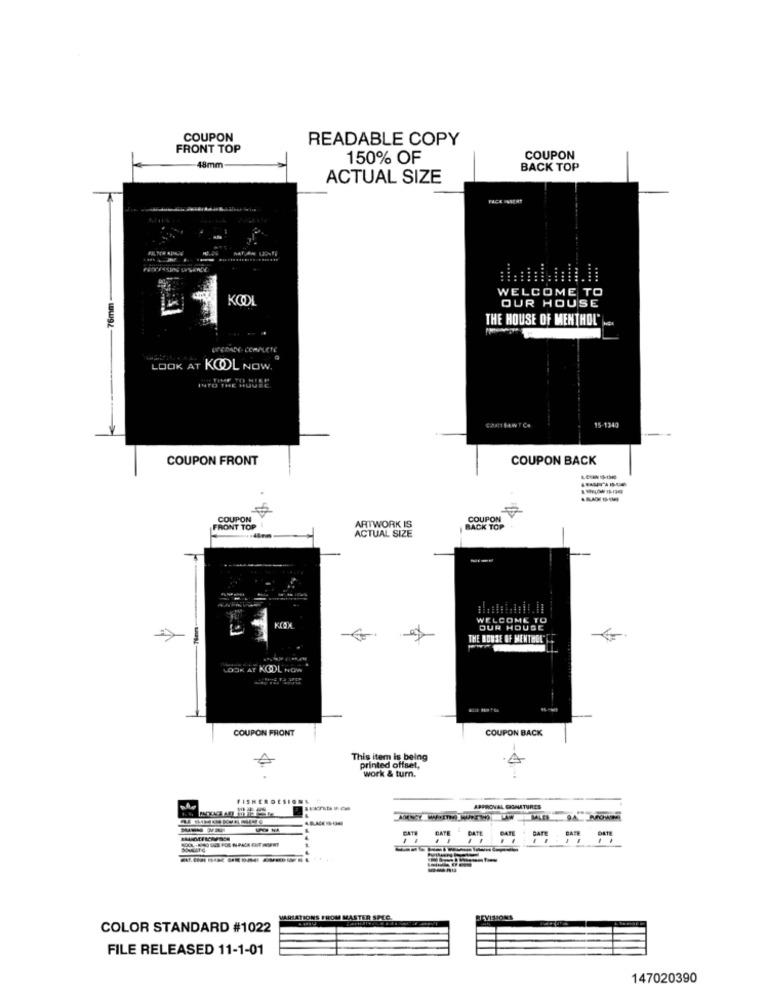
COUPON
READABLE COPY
FRONT TOP
150% OF
COUPON
48mm
BACK TOP
ACTUAL SIZE
FACE SIERT
....
WELCOME TO
76mm
OUR HOUSE
THE HOUSE OF MENTHOL JE.
LOOK AT KOOL NOW.
15-1340
COUPON FRONT
COUPON BACK
COUPON
COUPON
FRONT TOP
ARTWORK IS
BACK TOP
ACTUAL SIZE
WELCOME TO
KIOX
OUR HOUSE
THE HOUSE OF MENTHOL"
LOOK AT KOOL NOW
COUPON FRONT
COUPON BACK
This item is being
A
printed offset,
work & turn.
FISHERDESIO
APPROVAL GIGNATURES
BACK --
AGENCY WITH US-HOW
MALER
DATE
PATE
BATE
BATE
MARIATIONS FROM MASTER SPEC.
REVISIONS
COLOR STANDARD #1022
FILE RELEASED 11-1-01
147020390